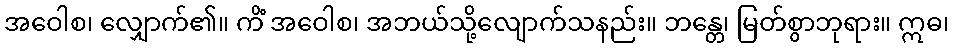
အဝေါစ၊ လျှောက်၏။ ကိံ အဝေါစ၊ အဘယ်သို့လျောက်သနည်း။ ဘန္တေ၊ မြတ်စွာဘုရား။ ဣဓ၊